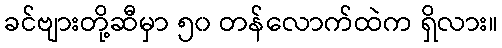
ခင်ဗျားတို့ဆီမှာ ၅၀ တန်လောက်ထဲက ရှိလား။